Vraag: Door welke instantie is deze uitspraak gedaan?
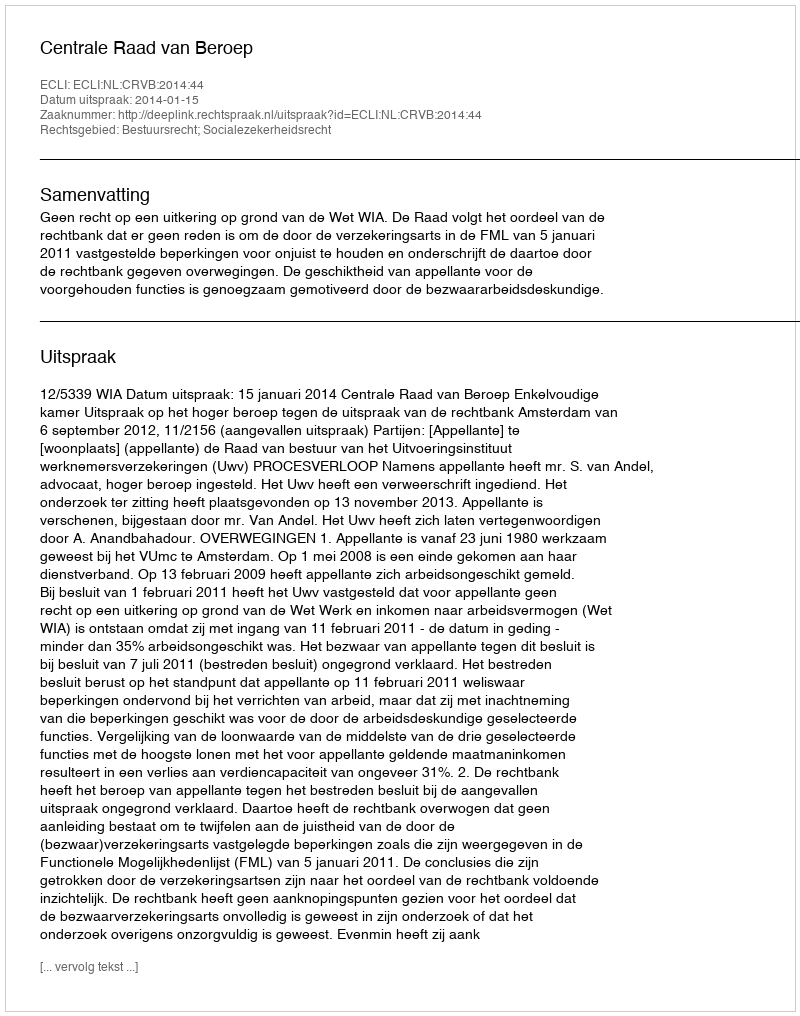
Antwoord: Centrale Raad van Beroep